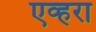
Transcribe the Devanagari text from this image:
एव्हरा